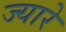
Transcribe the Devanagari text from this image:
ज्यारे